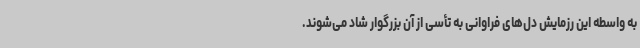
به واسطه این رزمایش دل‌های فراوانی به تأسی از آن بزرگوار شاد می‌شوند.